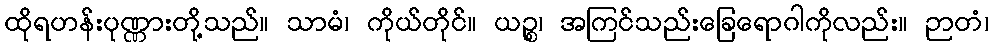
ထိုရဟန်းပုဏ္ဏားတို့သည်။ သာမံ၊ ကိုယ်တိုင်။ ယဉ္စ၊ အကြင်သည်းခြေရောဂါကိုလည်း။ ဉာတံ၊